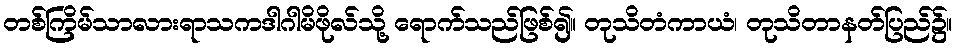
တစ်ကြိမ်သာလားရာသကဒါဂါမိဖိုလ်သို့ ရောက်သည်ဖြစ်၍။ တုသိတံကာယံ၊ တုသိတာနတ်ပြည်၌။